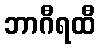
ဘာဂီရထီ